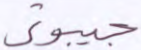
جيبوتي